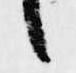
候